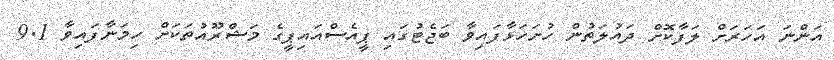
އަންނަ އަހަރަށް ލަފާކޮށް ދައުލަތުން ހުށަހަޅާފައިވާ ބަޖެޓުގައި ޕީއެސްއައިޕީގެ މަޝްރޫއުތަކަށް ހިމަނާފައިވާ 9.1